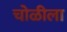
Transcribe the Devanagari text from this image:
चोळीला